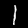
Digit: 1